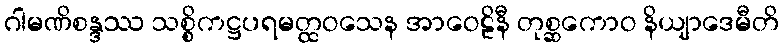
ဂါမဏိစန္ဒဿ သစ္စိကဋ္ဌပရမတ္ထဝသေန အာဝေဠိနီ တုစ္ဆကောဝ နိယျာဒေမီတိ